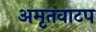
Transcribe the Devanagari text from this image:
अमृतवाटप